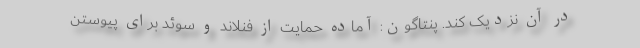
در آن نزدیک کند. پنتاگون: آماده حمایت از فنلاند و سوئد برای پیوستن